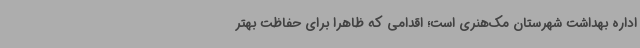
اداره بهداشت شهرستان مک‌هنری است؛ اقدامی که ظاهرا برای حفاظت بهتر